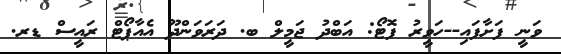
ވަނީ ފަށާފައި--ހަވީރު ފޮޓޯ: އަބްދު ޖަމީލް ބ. ދަރަވަންދޫ އެއާޕޯޓް ރައީސް ޑރ.